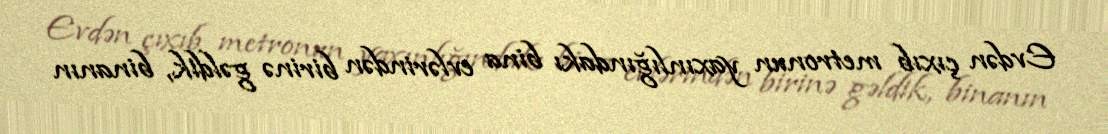
Evdən çıxıb metronun yaxınlığındakı bina evlərindən birinə gəldik, binanın